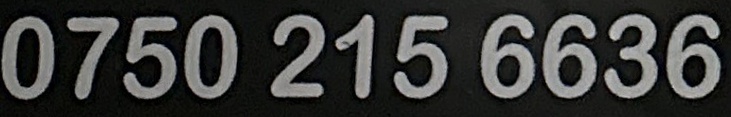
0750 215 6636